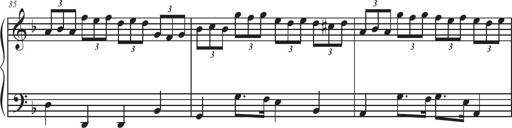
Title: Sonatina Espania
Composer: Jerald Franklin Archer
Key: Various